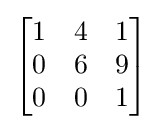
{\begin{bmatrix}1&4&1\\0&6&9\\0&0&1\end{bmatrix}}